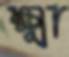
ক্ষ্মা